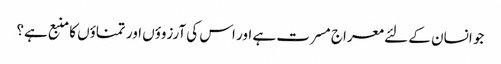
جو انسان کے لئے معراج مسرت ہے اور اس کی آرزوؤں اور تمناؤں کا منبع ہے؟